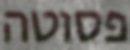
פסוטה